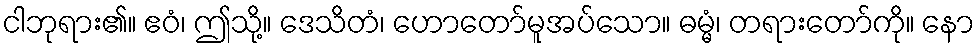
ငါဘုရား၏။ ဧဝံ၊ ဤသို့။ ဒေသိတံ၊ ဟောတော်မူအပ်သော။ ဓမ္မံ၊ တရားတော်ကို။ နော